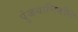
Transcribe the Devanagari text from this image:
पुंजयामिकीने